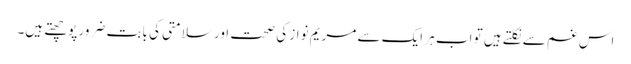
اس غم سے نکلتے ہیں تو اب ہر ایک سے مریم نواز کی صحت اور سلامتی کی بابت ضرور پوچھتے ہیں۔